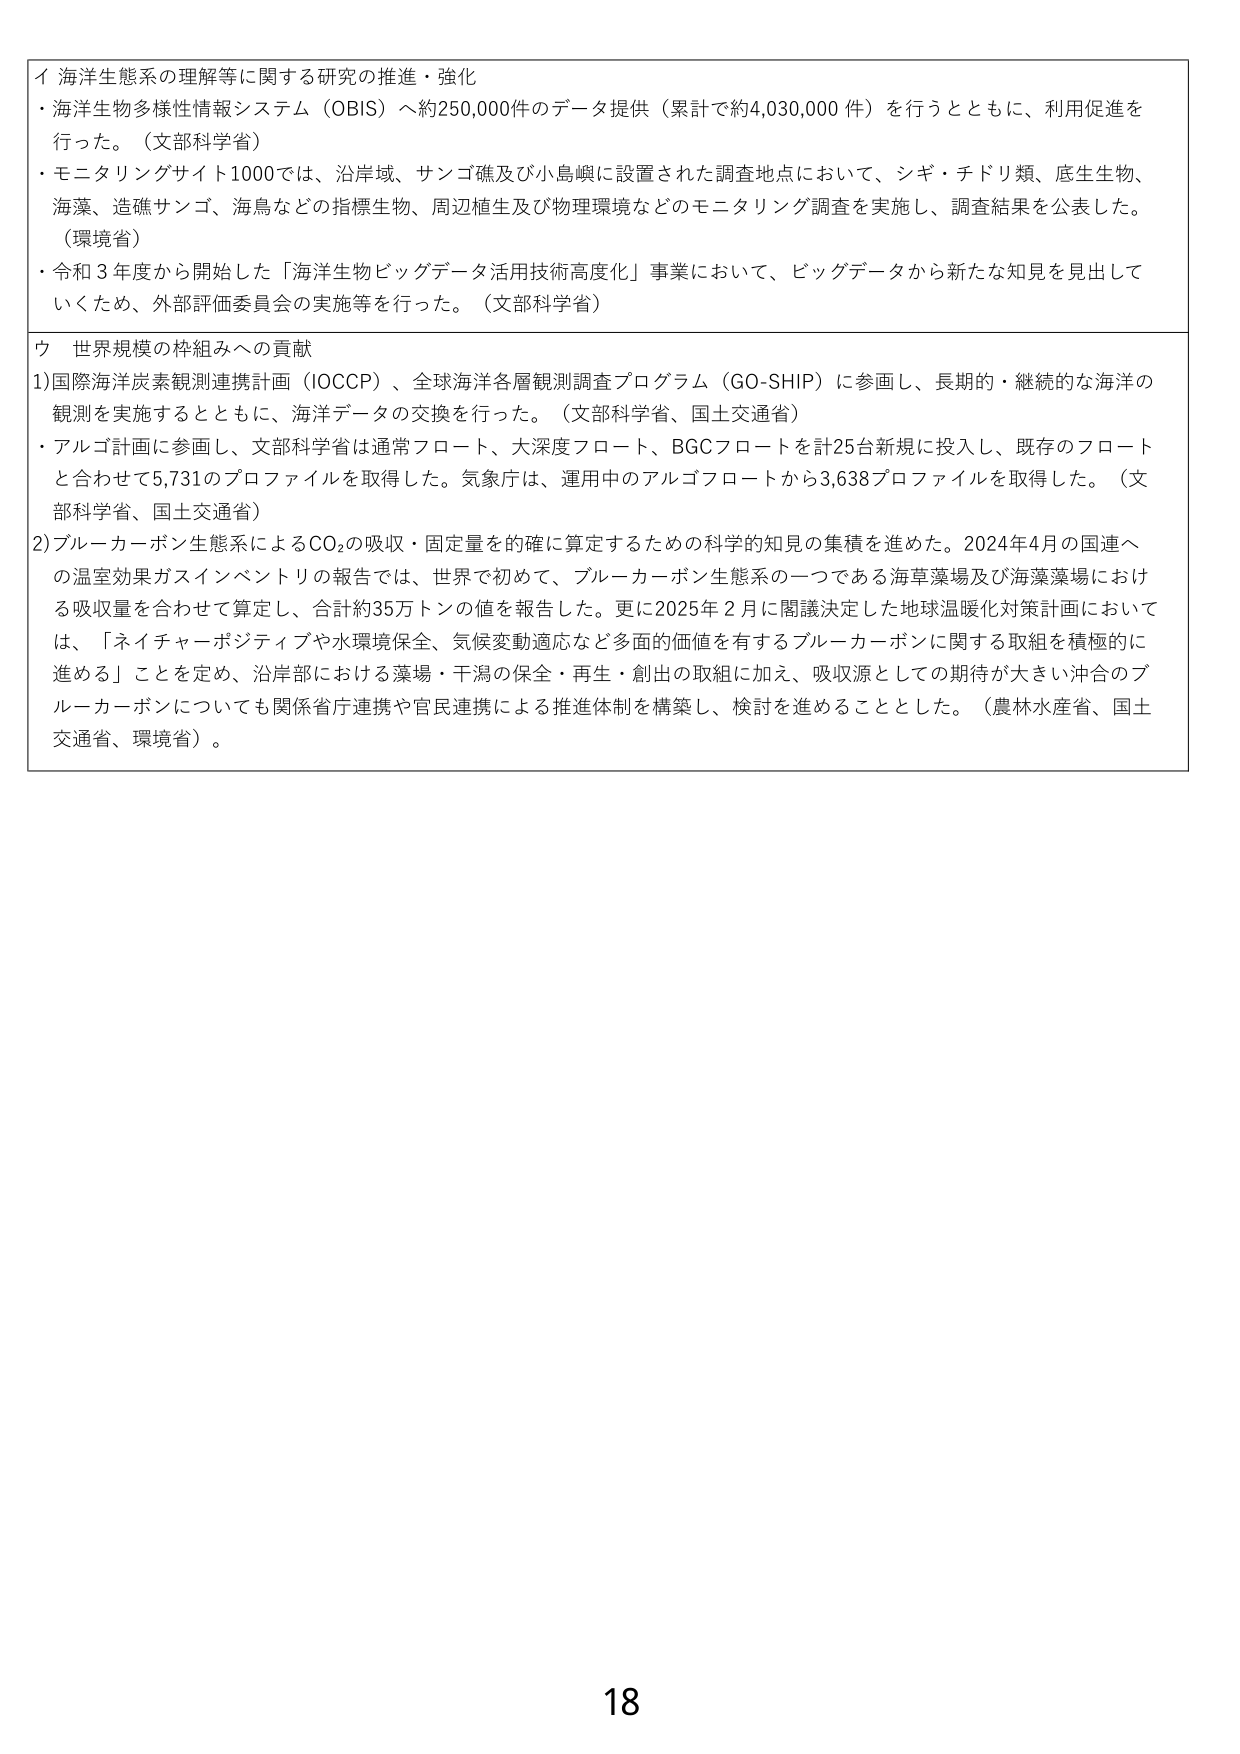
イ 海洋生態系の理解等に関する研究の推進・強化
・海洋生物多様性情報システム（OBIS）へ約250,000件のデータ提供（累計で約4,030,000件）を行うとともに、利用促進を行った。（文部科学省）
・モニタリングサイト1000では、沿岸域、サンゴ礁及び小島嶼に設置された調査地点において、シギ・チドリ類、底生生物、海藻、造礁サンゴ、海鳥などの指標生物、周辺植生及び物理環境などのモニタリング調査を実施し、調査結果を公表した。（環境省）
・令和3年度から開始した「海洋生物ビッグデータ活用技術高度化」事業において、ビッグデータから新たな知見を見出していくため、外部評価委員会の実施等を行った。（文部科学省）

ウ 世界規模の枠組みへの貢献
1) 国際海洋炭素観測連携計画（IOCCP）、全球海洋各層観測調査プログラム（GO-SHIP）に参画し、長期的・継続的な海洋の観測を実施するとともに、海洋データの交換を行った。（文部科学省、国土交通省）
・アルゴ計画に参画し、文部科学省は通常フロート、大深度フロート、BGCフロートを計25台新規に投入し、既存のフロートと合わせて5,731のプロファイルを取得した。気象庁は、運用中のアルゴフロートから3,638プロファイルを取得した。（文部科学省、国土交通省）
2) ブルーカーボン生態系によるCO₂の吸収・固定量を的確に算定するための科学的知見の集積を進めた。2024年4月の国連への温室効果ガスインベントリの報告では、世界で初めて、ブルーカーボン生態系の一つである海草藻場及び海藻藻場における吸収量を合わせて算定し、合計約35万トンの値を報告した。更に2025年2月に閣議決定した地球温暖化対策計画においては、「ネイチャーポジティブや水環境保全、気候変動適応など多面的価値を有するブルーカーボンに関する取組を積極的に進める」ことを定め、沿岸部における藻場・干潟の保全・再生・創出の取組に加え、吸収源としての期待が大きい沖合のブルーカーボンについても関係省庁連携や官民連携による推進体制を構築し、検討を進めることとした。（農林水産省、国土交通省、環境省）。

18